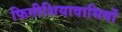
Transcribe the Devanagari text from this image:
फिनीशियावासियों